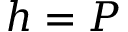
h = P